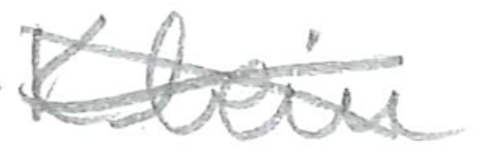
Text: Klein,
Cross-out: cross
Writing tool: pencil